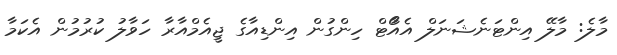
މާލެ: މާލޭ އިންޓަނެޝަނަލް އެއާޯޓް ހިންގުން އިންޑިއާގެ ޖީއެމްއާރާ ހަވާލު ކުރުމުން އެކަމާ